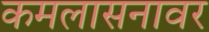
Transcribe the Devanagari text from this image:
कमलासनावर